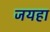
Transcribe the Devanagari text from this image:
जयहा